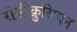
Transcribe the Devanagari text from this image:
रोसीक्रुसियन